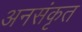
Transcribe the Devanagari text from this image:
अनसंकृत